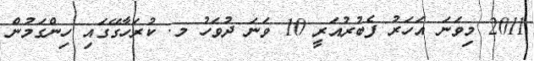
2011 މިވަނަ އަހަރު ފެބުރުއަރީ 10 ވަނަ ދުވަހު މ. ކުރަހާގޭގައި ހިންގަމުން